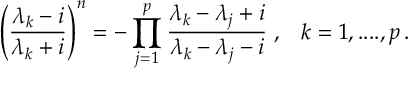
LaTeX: \left( \frac { \lambda _ { k } - i } { \lambda _ { k } + i } \right) ^ { n } = - \prod _ { j = 1 } ^ { p } \frac { \lambda _ { k } - \lambda _ { j } + i } { \lambda _ { k } - \lambda _ { j } - i } \; , \; \; \; k = 1 , . . . . , p \, .